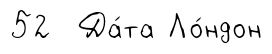
52 Да́та Ло́ндон